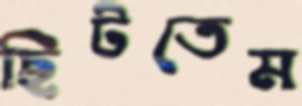
ছিটতেম